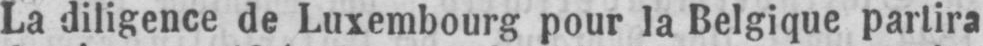
La diligence de Luxembourg pour la Belgique partira